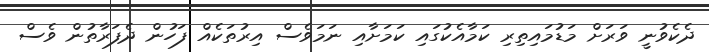
ދެކެވުނީ ވަރަށް މަޑުމައިތިރި ކަމާއެކުގައި ކަމަށާއި ނަމަވެސް އިރުތަކެއް ފަހުން ދެފަރާތުން ވެސް